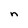
Character: n